Madras plague regulations and rules for district municipalities and other towns and villages
Disease focus: Plague
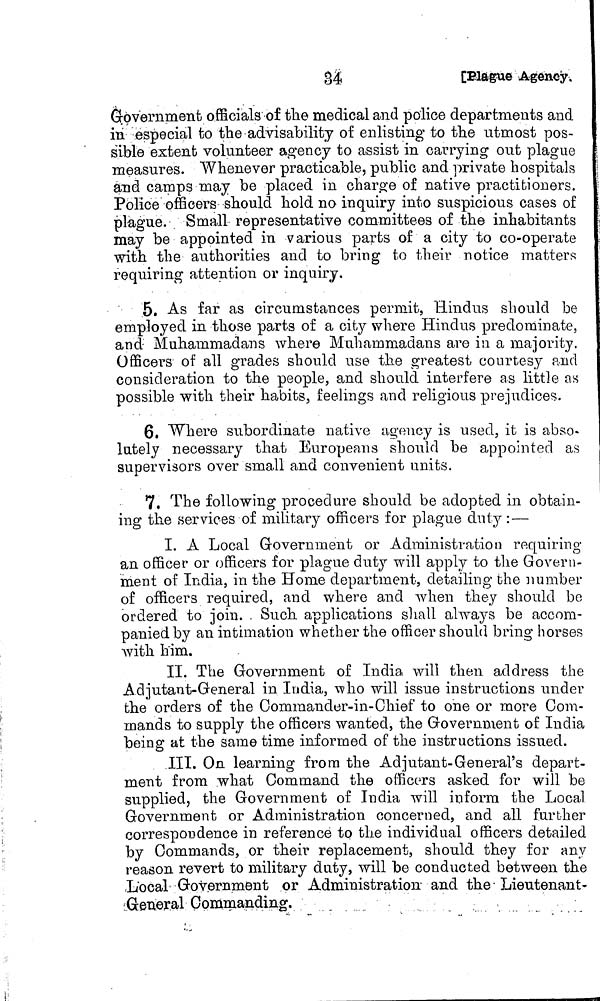
34
Plague
Agency,
Government
officials of the medical and police departments and
in especial to the advisability of enlisting to the utmost pos-
sible extent volunteer agency to assist in carrying ont plague
measures. Whenever practicable, public and private hospitals
and camps may be placed in charge of native practitioners.
Police officers should hold no inquiry into suspicious cases of
plague. Small representative committees of the inhabitants
may be appointed in various parts of a city to co-operate
with the authorities and to bring to their notice matters
requiring attention or inquiry.
5. As far as circumstances permit, Hindus should be
employed in those parts of a city where Hindus predominate,
and Muhammadans where Muhammadans are in a majority.
Officers of all grades should use the greatest courtesy and
consideration to the people, and should interfere as little as
possible with their habits, feelings and religious prejudices.
6. Where subordinate native agency is used, it is abso-
lutely necessary that Europeans should be appointed as
supervisors over small and convenient units.
7. The following procedure should be adopted in obtain-
ing the services of military officers for plague duty : —
I. A Local Government or Administration requiring
an officer or officers for plague duty will apply to the Govern-
ment of India, in the Home department, detailing the number
of officers required, and where and when they should be
ordered to join. . Such applications shall always be accom-
panied by an intimation whether the officer should bring horses
with him.
II. The Government of India will then address the
Adjutant-General in India, who will issue instructions under
the orders of the Commander-in-Chief to one or more Com-
mands to supply the officers wanted, the Government of India
being at the same time informed of the instructions issued.
III. On learning from the Ad jutant-General's depart-
ment from what Command the officers asked for will be
supplied, the Government of India will inform the Local
Government or Administration concerned, and all further
correspondence in reference to the individual officers detailed
by Commands, or their replacement, should they for any
reason revert to military duty, will be conducted between the
Local Government or Administration and the Lieutenant-
.General Commanding.